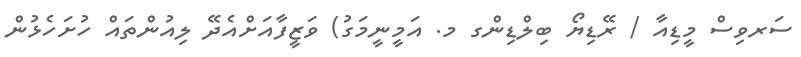
ސަރވިސް މީޑިއާ / ރޭޑިޔޯ ބިލްޑިންގ މ. އަމީނީމަގު) ވަޒީފާއަށްއެދޭ ލިއުންތައް ހުށަހެޅުން